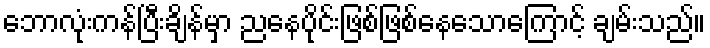
ဘောလုံးကန်ပြီးချိန်မှာ ညနေပိုင်းဖြစ်ဖြစ်နေသောကြောင့် ချမ်းသည်။